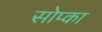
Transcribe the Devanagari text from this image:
सोप्का